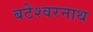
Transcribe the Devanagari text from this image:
बटेश्वरनाथ